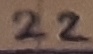
Text: 22